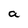
Character: a